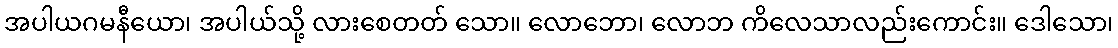
အပါယဂမနီယော၊ အပါယ်သို့ လားစေတတ် သော။ လောဘော၊ လောဘ ကိလေသာလည်းကောင်း။ ဒေါသော၊